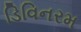
ડિવિનરમ